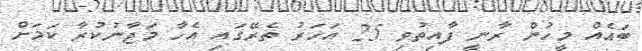
ބައެއް މީހުން ރާނީ ފާއިތުވި 25 އަހަރު ތެރޭގައި އެހާ މަޖާނުކުރާ ކަމަށް